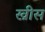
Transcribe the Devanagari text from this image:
ख्रीस